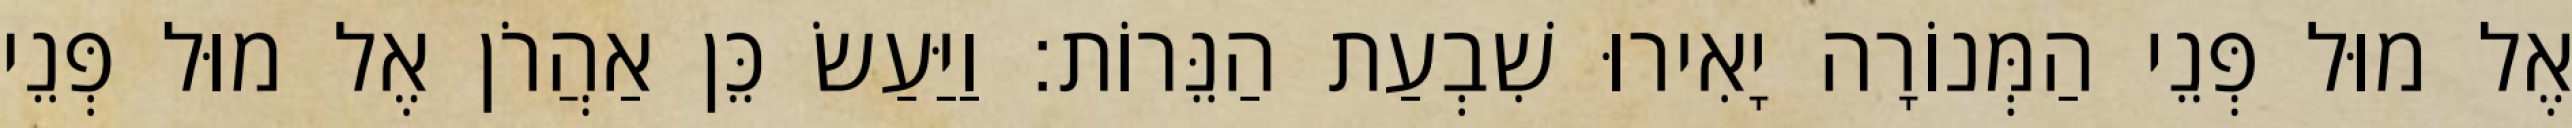
אֶל מוּל פְּנֵי הַמְּנוֹרָה יָאִירוּ שִׁבְעַת הַנֵּרוֹת׃ וַיַּעַשׂ כֵּן אַהֲרֹן אֶל מוּל פְּנֵי